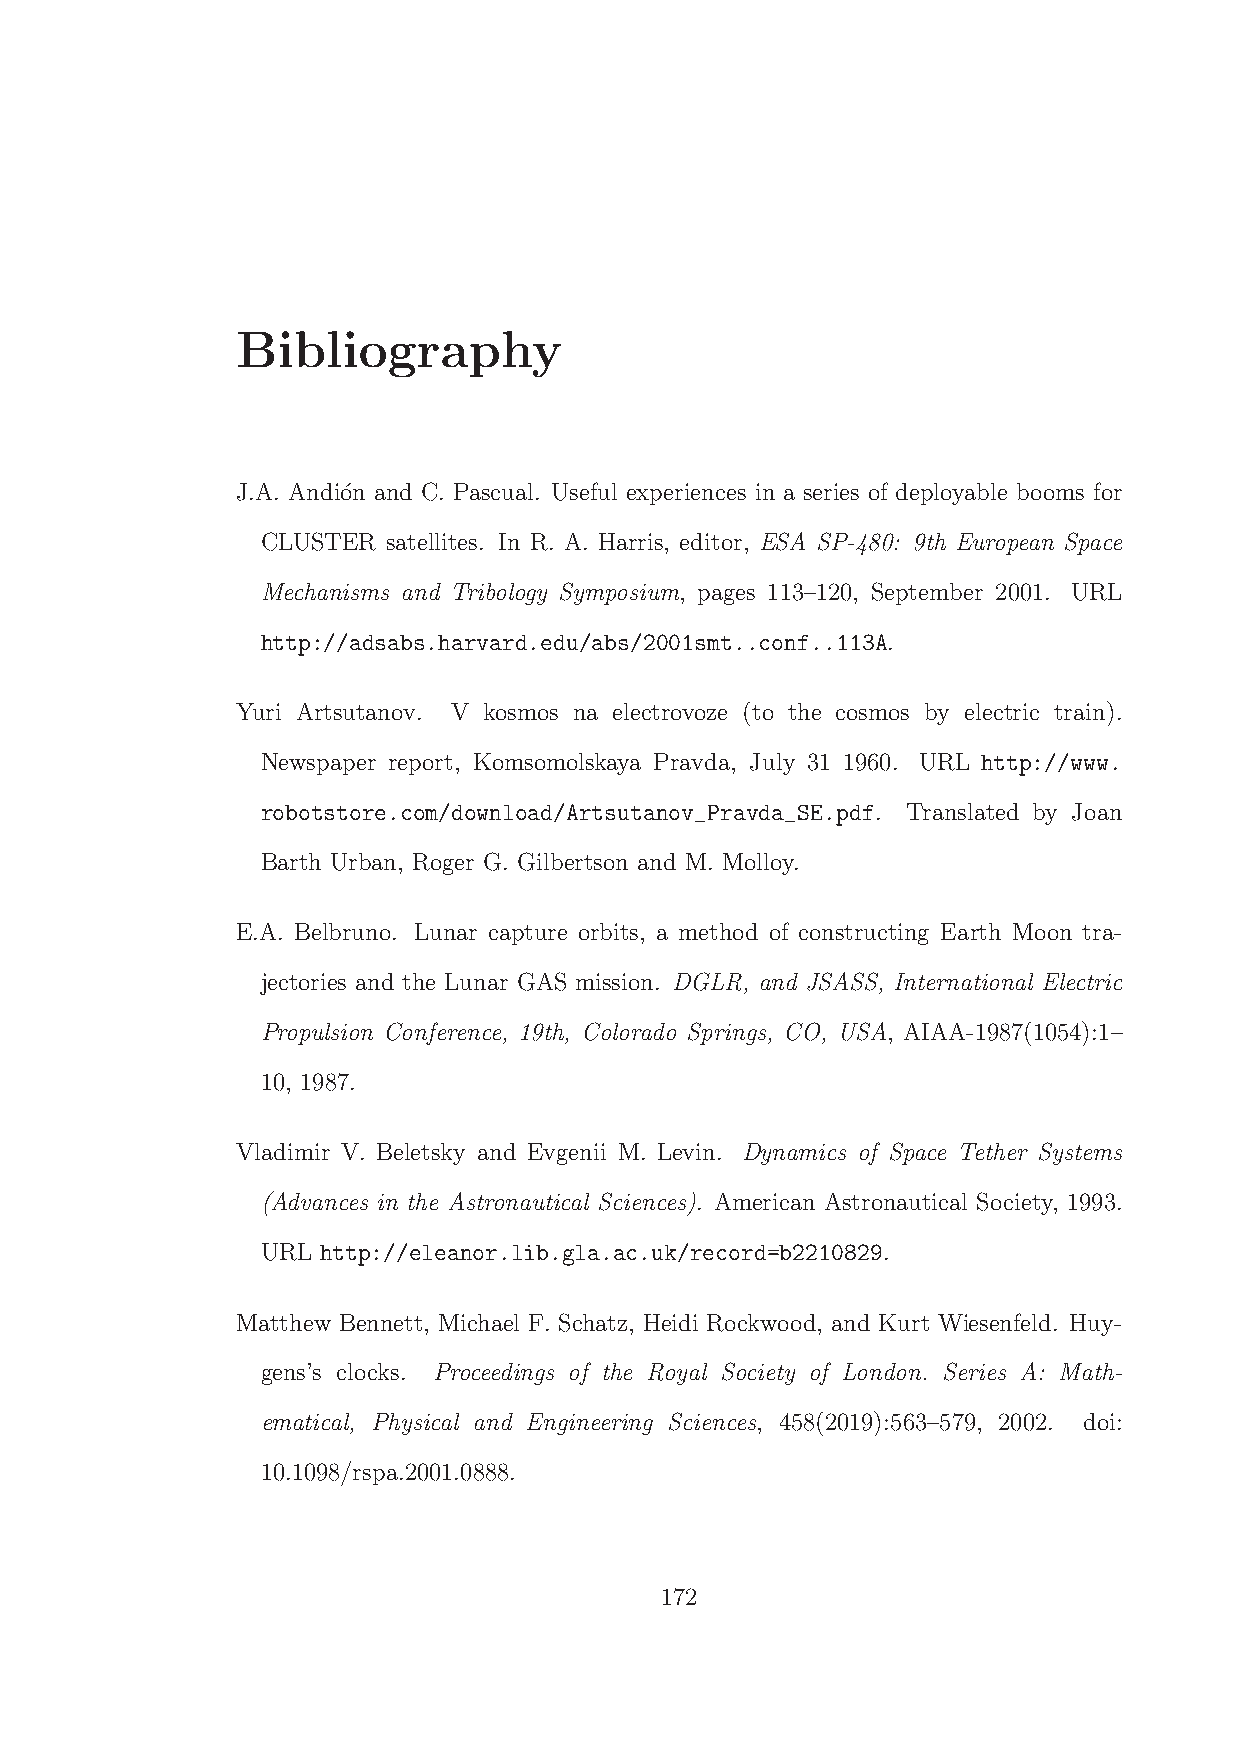
Bibliography
 J.A. Andi´on and C. Pascual. Useful experiences in a series of deployable booms for
 CLUSTER  satellites. In R. A. Harris, editor, ESA SP-480: 9th European Space
 Mechanisms and Tribology Symposium, pages 113–120, September 2001. URL
 http://adsabs.harvard.edu/abs/2001smt..conf..113A.
 Yuri Artsutanov. V kosmos na electrovoze (to the cosmos by electric train).
 Newspaper report, Komsomolskaya Pravda, July 31 1960. URL http://www.
 robotstore.com/download/Artsutanov_Pravda_SE.pdf. Translated by Joan
 Barth Urban, Roger G. Gilbertson and M. Molloy.
 E.A. Belbruno. Lunar capture orbits, a method of constructing Earth Moon tra-
 jectories and the Lunar GAS mission. DGLR, and JSASS, International Electric
 Propulsion Conference, 19th, Colorado Springs, CO, USA, AIAA-1987(1054):1–
 10, 1987.
 Vladimir V. Beletsky and Evgenii M. Levin. Dynamics of Space Tether Systems
 (Advances in the Astronautical Sciences). American Astronautical Society, 1993.
 URL http://eleanor.lib.gla.ac.uk/record=b2210829.
 Matthew Bennett, Michael F. Schatz, Heidi Rockwood, and Kurt Wiesenfeld. Huy-
 gens’s clocks. Proceedings of the Royal Society of London. Series A: Math-
 ematical, Physical and Engineering Sciences, 458(2019):563–579, 2002. doi:
 10.1098/rspa.2001.0888.
 172